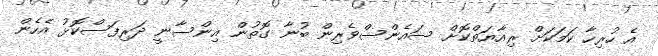
އެ ހުރިހާ ކަމަކަށް ރިއާޔަތްކޮށް ސައެންސްވެރިން ބުނާ ގޮތުން އިންސާނީ ދަރިފަސްކޮޅު އެހެން